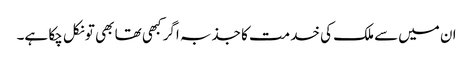
ان میں‌سے ملک کی خدمت کا جذبہ اگر کبھی تھا بھی تو نکل چکا ہے۔